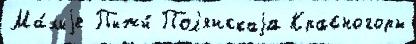
Ма́лыjе Пыжи́ Пол'янскаjа Красногоры